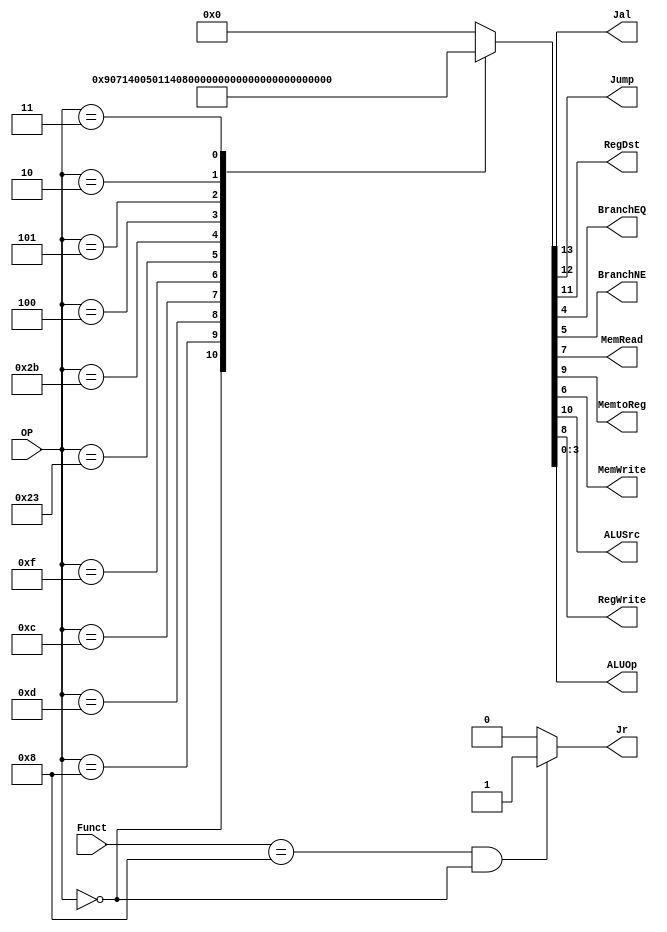
/******************************************************************
* Description
*	This is control unit for the MIPS processor. The control unit is 
*	in charge of generation of the control signals. Its only input 
*	corresponds to opcode from the instruction.
*	1.0
* Author:
*	Dr. Jos Luis Pizano Escalante
* email:
*	luispizano@iteso.mx
* Date:
*	01/03/2014
******************************************************************/
module Control
(
	input [5:0]OP,
	input [5:0] Funct,
	
	output Jal,
	output Jump,
	output reg Jr,
	output RegDst,
	output BranchEQ,
	output BranchNE,
	output MemRead,
	output MemtoReg,
	output MemWrite,
	output ALUSrc,
	output RegWrite,
	output [3:0]ALUOp
);

// Estos parmetros deben de tener el Opcode del greensheet en el mips
localparam R_Type = 0;
localparam I_Type_ADDI 	= 6'h08;
localparam I_Type_ORI 	= 6'h0d;
localparam I_Type_ANDI 	= 6'h0c;
localparam I_Type_LUI 	= 6'h0f;
localparam I_Type_LW 	= 6'h23;
localparam I_Type_SW 	= 6'h2b;
localparam I_Type_BEQ 	= 6'h04;
localparam I_Type_BNE 	= 6'h05;
localparam J_Type_JMP 	= 6'h02;
localparam J_Type_JAL 	= 6'h03;

//reg [10:0] ControlValues;
reg [14:0] ControlValues;

// Se expandieron los bits de ControlValues para agregar la bandera de jump y expandir ALUOP a 4 bits
// Se cambi el ALUOP por comodidad y comprensin
always@(OP) begin
	casex(OP)
												 //Banderas      ALUOP
		R_Type:       ControlValues= 14'b00_1_001_00_00_0111;
		I_Type_ADDI:  ControlValues= 14'b00_0_101_00_00_0000;
		I_Type_ORI:   ControlValues= 14'b00_0_101_00_00_0001;
		I_Type_ANDI:  ControlValues= 14'b00_0_101_00_00_0010;
		I_Type_LUI:   ControlValues= 14'b00_0_101_00_00_0011;
		I_Type_LW:	  ControlValues= 14'b00_0_111_10_00_0100;
		I_Type_SW:	  ControlValues= 14'b00_0_100_01_00_0101;
		I_Type_BEQ:	  ControlValues= 14'b00_0_000_00_01_1000;
		I_Type_BNE:	  ControlValues= 14'b00_0_000_00_10_1001;
		J_Type_JMP:	  ControlValues= 14'b01_0_000_00_00_0000; // No necesita hacer algo en ALU	
		J_Type_JAL:	  ControlValues= 14'b11_0_001_00_00_0000; // Activa RegWrite porque vas a guardar en $ra, activa bandera jmp para dejar pasar el jmp address

		
		default:
			ControlValues= 14'b00000000000000;
	endcase
	
	Jr <= (Funct == 6'b001000 && OP == 6'b000000) ? 1:0;
end	

assign Jal = ControlValues[13];
assign Jump = ControlValues[12];	
assign RegDst = ControlValues[11];
assign ALUSrc = ControlValues[10];
assign MemtoReg = ControlValues[9];
assign RegWrite = ControlValues[8];
assign MemRead = ControlValues[7];
assign MemWrite = ControlValues[6];
assign BranchNE = ControlValues[5];
assign BranchEQ = ControlValues[4];
assign ALUOp = ControlValues[3:0];	

endmodule